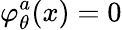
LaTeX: \varphi_{\theta}^{a}(x)=0